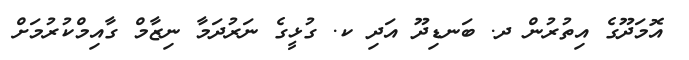
އޮމަދޫގެ އިތުރުން ދ. ބަނޑިދޫ އަދި ކ. ގުޅީގެ ނަރުދަމާ ނިޒާމް ގާއިމްކުރުމަށް